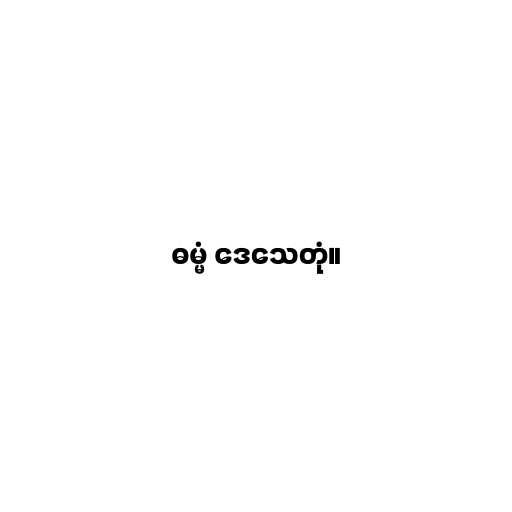
ဓမ္မံ ဒေသေတုံ။